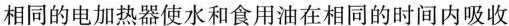
相同的电加热器使水和食用油在相同的时间内吸收